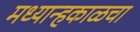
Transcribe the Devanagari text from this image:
मध्यान्हकाळचा